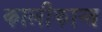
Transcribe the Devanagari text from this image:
कालीकान्त